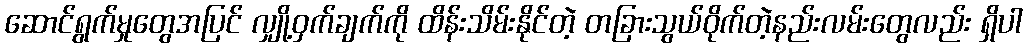
ဆောင်ရွက်မှုတွေအပြင် လျှို့ဝှက်ချက်ကို ထိန်းသိမ်းနိုင်တဲ့ တခြားသွယ်ဝိုက်တဲ့နည်းလမ်းတွေလည်း ရှိပါ